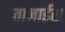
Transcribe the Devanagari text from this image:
तानाईस